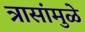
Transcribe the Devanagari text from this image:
त्रासांमुळे